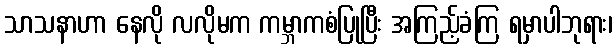
သာသနာဟာ နေလို လလိုမက ကမ္ဘာကစံပြုပြီး အကြည့်ခံကြ ရမှာပါဘုရား၊